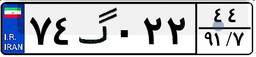
۲۱گ۲۱۸۶۶